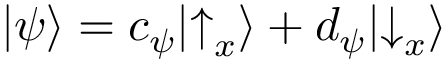
| \psi \rangle = c _ { \psi } | { \uparrow } _ { x } \rangle + d _ { \psi } | { \downarrow } _ { x } \rangle